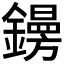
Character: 𨭜